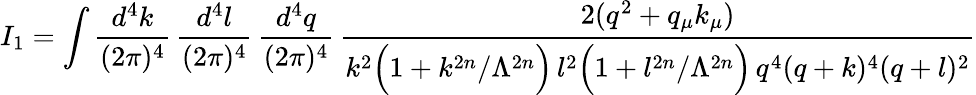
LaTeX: I_{1}=\int\frac{d^{4}k}{(2\pi)^{4}}\, \frac{d^{4}l}{(2\pi)^{4}}\, \frac{d^{4}q}{(2\pi)^{4}}\, \frac{2(q^{2}+q_{\mu}k_{\mu})}{k^{2}\Big(1+k^{2n}/\Lambda^{2n}\Big)\, l^{2}\Big(1+l^{2n}/\Lambda^{2n}\Big)\, q^{4}(q+k)^{4}(q+l)^{2}}